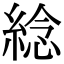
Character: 𦁤